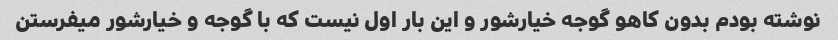
نوشته بودم بدون کاهو گوجه خیارشور و این بار اول نیست که با گوجه و خیارشور میفرستن